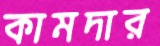
কামদার